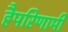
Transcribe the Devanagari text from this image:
हैपरिणामी